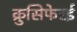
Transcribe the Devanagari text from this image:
क्रुसिफेरई